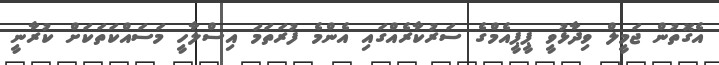
އެގޮތުން ޖަމީލް ވިދާޅުވީ ޕީޕީއެމްގެ ސަރުކާރެއްގައި އެންމެ ފުރަތަމަ އިސްލާހީ މަސައްކަތަކަށް ކުރާނީ